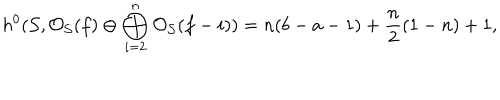
h ^ { 0 } ( { \cal S } , { \cal O } _ { \cal S } ( f ) \oplus \bigoplus _ { i = 2 } ^ { n } { \cal O } _ { \cal S } ( f - i ) ) = n ( b - a - 1 ) + \frac { n } { 2 } ( 1 - n ) + 1 ,